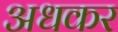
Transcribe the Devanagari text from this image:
अधकर